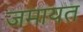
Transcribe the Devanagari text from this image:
जमायत